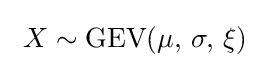
\ X\sim {\textrm {GEV}}(\mu ,\,\sigma ,\,\xi )\